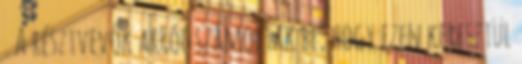
. A résztvevők arról számoltak be, hogy ezen keresztül